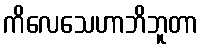
ကိလေသေဟာဘိဘူတာ